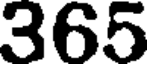
365